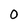
Character: 0